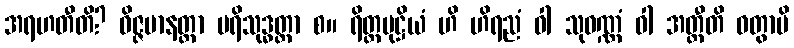
အရဟတီတိ? ဝိဇ္ဇမာနတ္တာ ပရိသုဒ္ဓတ္တာ စ။ ရိတ္တမုဋ္ဌိယံ ဟိ ဟိရညံ ဝါ သုဝဏ္ဏံ ဝါ အတ္ထီတိ ဝတွာပိ